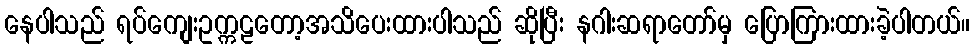
နေပါသည် ရပ်ကျေးဥက္ကဠတော့အသိပေးထားပါသည် ဆိုပြီး နဂါးဆရာတော်မှ ပြောကြားထားခဲ့ပါတယ်။